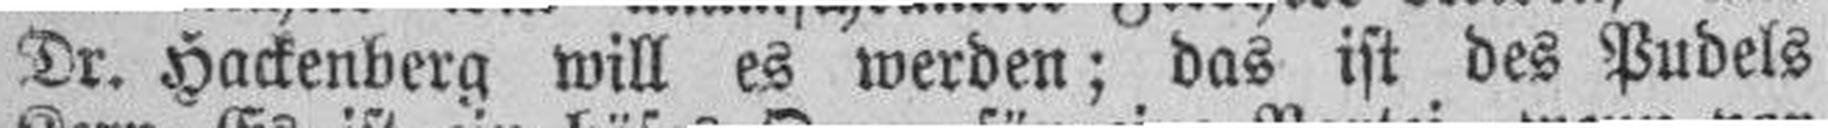
Dr. Hackenberg will es werden; das ist des Pudels